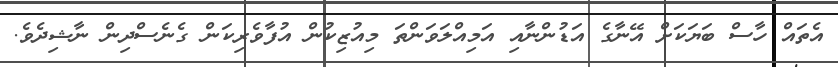
އެތައް ހާސް ބަޔަކަށް އޭނާގެ އަޑުންނާއި އަމިއްލަވަންތަ މިއުޒިިކުން އުފާވެރިކަން ގެނެސްދިން ނާޝިދެވެ.